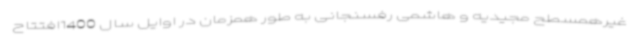
غیرهمسطح مجیدیه و هاشمی رفسنجانی به طور همزمان در اوایل سال 1400افتتاح